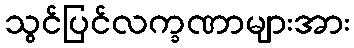
သွင်ပြင်လက္ခဏာများအား